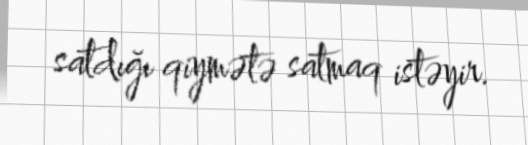
satdığı qiymətə satmaq istəyir.